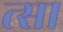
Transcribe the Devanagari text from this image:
त्सा